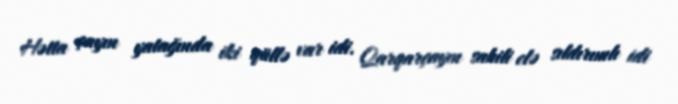
Hətta çayın yatağında iki qüllə var idi. Qarqarçayın sahili elə sıldırımlı idi